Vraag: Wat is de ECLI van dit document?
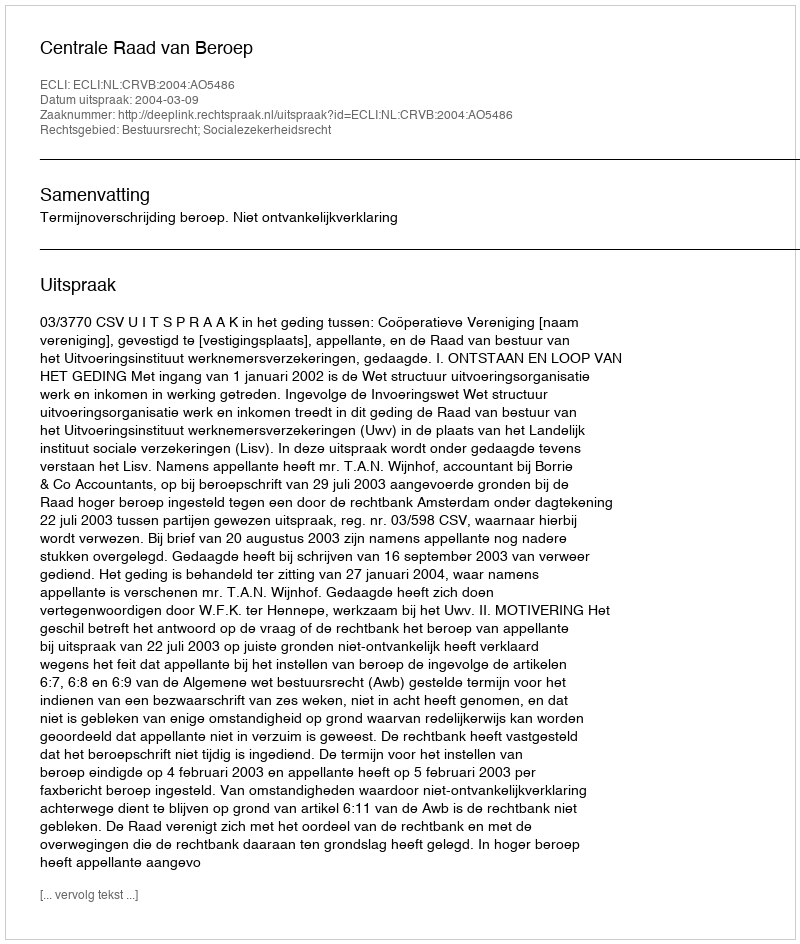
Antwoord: ECLI:NL:CRVB:2004:AO5486